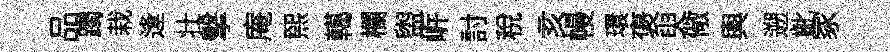
品躅栽逢壮擊庵煕轕欄盥㟁討税亥幔環褒臾儆輿遡齔冢